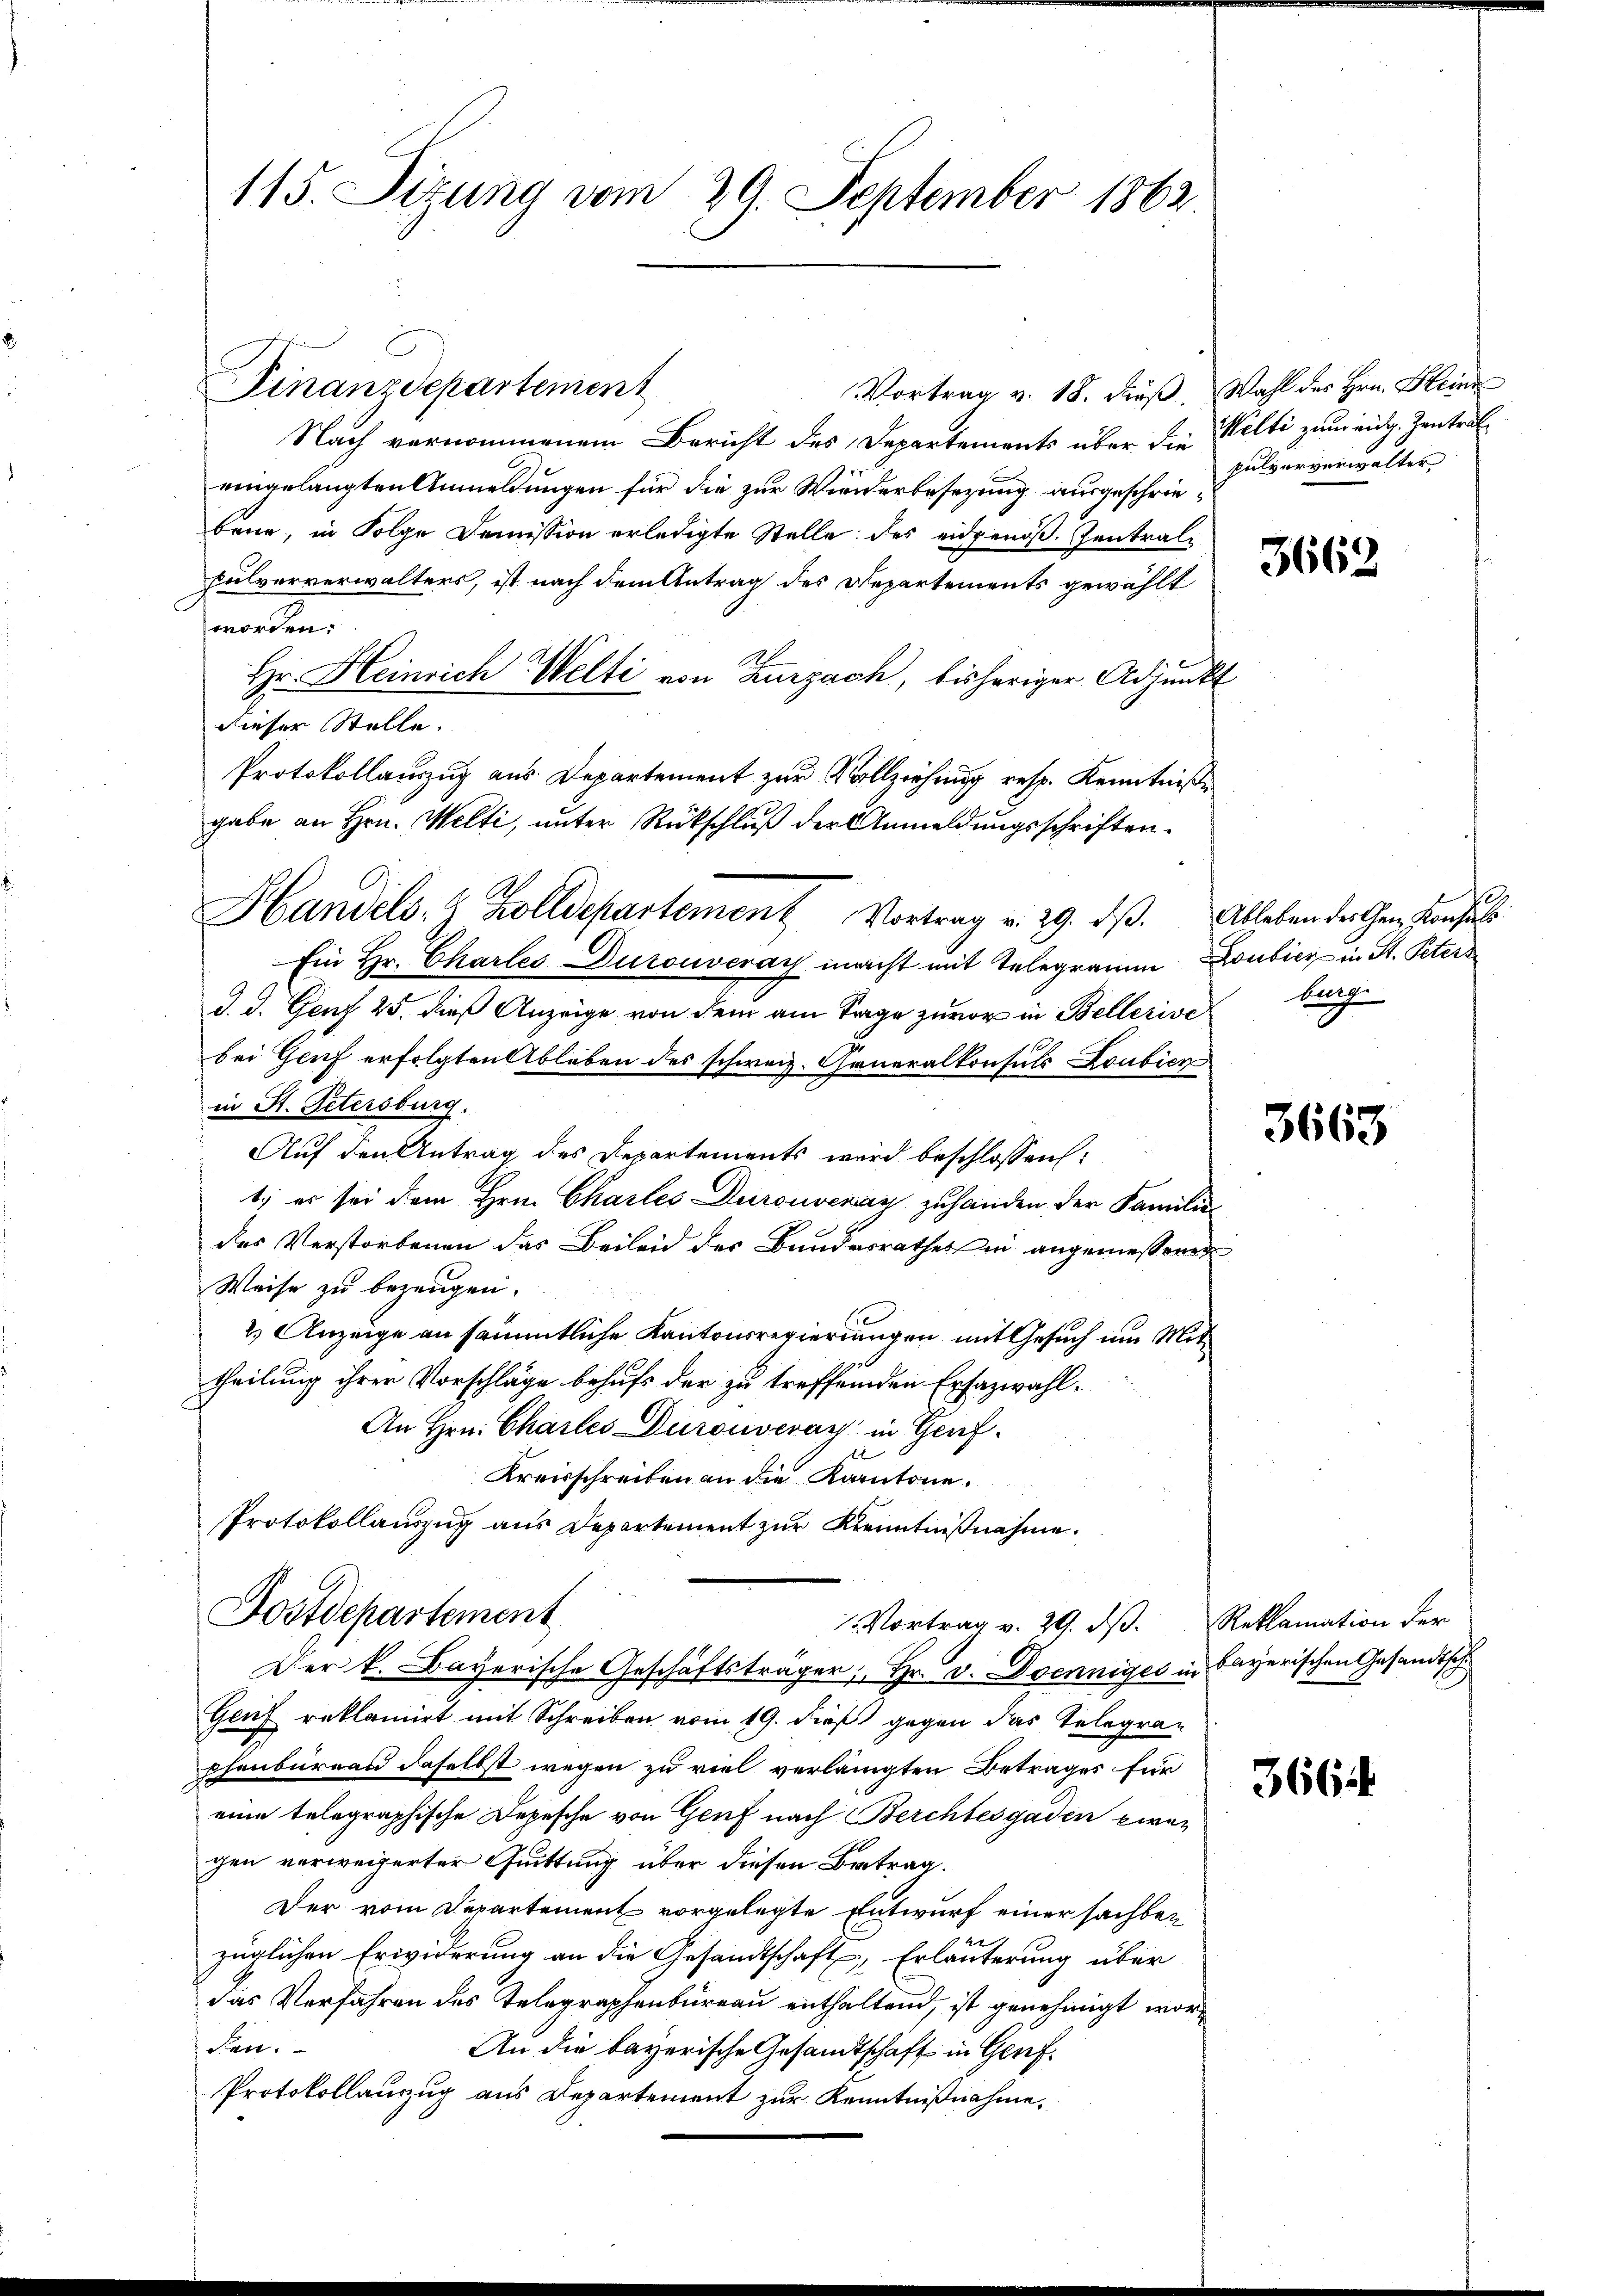
Finanzdepartement
Vortrag v. 18. dieβ. Wahl des Hrn. Kleine
Nach vernommenem Bericht des Departements über die Welti zum eidg. Zentrat
eingelangten Anmeldungen für die zur Wiederbesezung ausgeschriebeue, in Folge Domission erledigte Stelle des eidgenoß. Zentrali
Fulververwalters, ist nach dem Antrag des Departements gewählt
worden.
Hr. Heinrich Welti von Zurzach, bisheriger Adjunkt
dieser Stelle.
Protokollauszug aus Departement zur Vollziehung resp. Kenntniße
gabe an Hrn. Welti, unter Rückschluß der Anmeldungsschriften.
Ein Hr. Charles Durouveray macht mit Telegramm Doubicz in St. Peters
d. d. Genf 25. dieß Anzeige von dem am Tage zuvor in Bellerive burg
bei Genf erfolgten Ableben des schweiz. Generalkonsuls Loubicn
in St. Petersburg.
Auf den Antrag des Departements wird beschlossen:
1) es sei dem Hrn. Chartes Durouveray zuhanden der Familie
das Verstorbenen das Beileid der Bundesrathes in angemessenen
Weise zu bezeugen.
2.) Anzeige an sämmtliche Kantonsregierungen mit Gesuch um Mittheilung ihrer Vorschläge behufs der zu treffenden Ersazwahl¬
An Hrn. Charles Durouveray in Genf.
Kreisschreiben an die Kantone.
Protokollauszug aus Departement zur Kenntnißnahme.

115. Sizung vom 29. September 1862.

Handels. Z. Zolldepartement Vortrag v. 29. dβ. Ableben der Chen Konsul

Fostdepartement
1. Vortrag v. 29. dβ.  Reklamation der
Der k. Bayerische Geschäftsträger; Hr. V. Denniges in bayerischen Gesandtsch

Geuf reklamirt mit Schreiben vom 19. dieß gegen das Telegraphenbureau daselbst wegen zu viel verlangten Betrages für
eine telegraphische Depesche von Genf nach Berchtesgadin zwei
gen verweigerter Quittung über diesen Betrag.
Der vom Departement vorgelegte Entwurf einer sachber
züglichen Erwiderung an die Gesandtschaft, Erläuterung über
das Verfahren des Telegraphenbureau enthaltend, ist genehmigt worden.
An die bayerische Gesandtschaft in Genf¬
Protokollauszug aus Departement zur Kenntnißnahme.

pulververwalter,

3662

3663

366